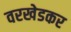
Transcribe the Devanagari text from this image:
वरखेडकर